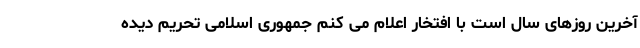
آخرین روزهای سال است با افتخار اعلام می کنم جمهوری اسلامی تحریم دیده